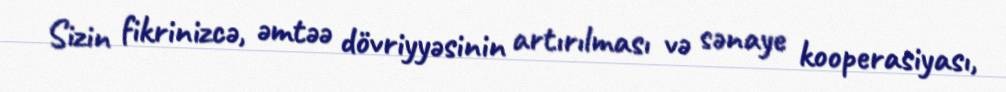
Sizin fikrinizcə, əmtəə dövriyyəsinin artırılması və sənaye kooperasiyası,